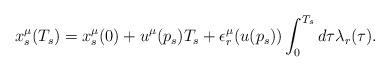
LaTeX: \begin{align*}x^{\mu}_s(T_s)=x^{\mu}_s(0)+u^{\mu}(p_s) T_s +\epsilon^{\mu}_r(u(p_s))\int_0^{T_s} d\tau \lambda_r(\tau ).\end{align*}